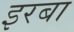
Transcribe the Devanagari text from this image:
इरबा